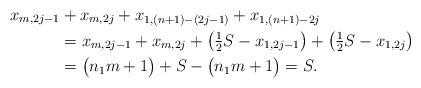
LaTeX: \begin{align*}x_{m,2j-1} &+ x_{m,2j} + x_{1,(n+1)-(2j-1)} + x_{1,(n+1)-2j} \\&= x_{m,2j-1} + x_{m,2j} + \bigl( \tfrac{1}{2} S - x_{1,2j-1} \bigr) + \bigl( \tfrac{1}{2} S - x_{1,2j} \bigr) \\&= \bigl( n_1 m +1 \bigr) + S - \bigl( n_1 m +1 \bigr) =S.\end{align*}